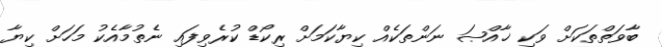
ބާވަތްތަކަށް ވަކި ޚާއްޞަ ނަންތަކެއް ކިޔާކަމަށް ރިކޯޑް ކުރެވިފައި ނެތުމާއެކު މަހަށް ކިޔާ